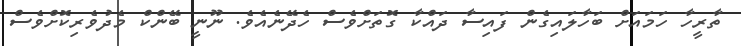
ތާރީހާ ހަމައަށް ބަހާލައިގެން ފައިސާ ދައްކާ ގޮތަށްވެސް ހެދޭނެއެވެ. ނޫނީ ބޭންކް މެދުވެރިކޮށްވެސް